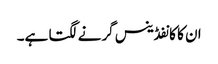
ان کا کانفڈینس گرنے لگتا ہے۔